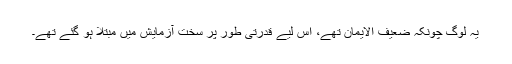
یہ لوگ چونکہ ضعیف الایمان تھے، اِس لیے قدرتی طور پر سخت آزمایش میں مبتلا ہو گئے تھے۔